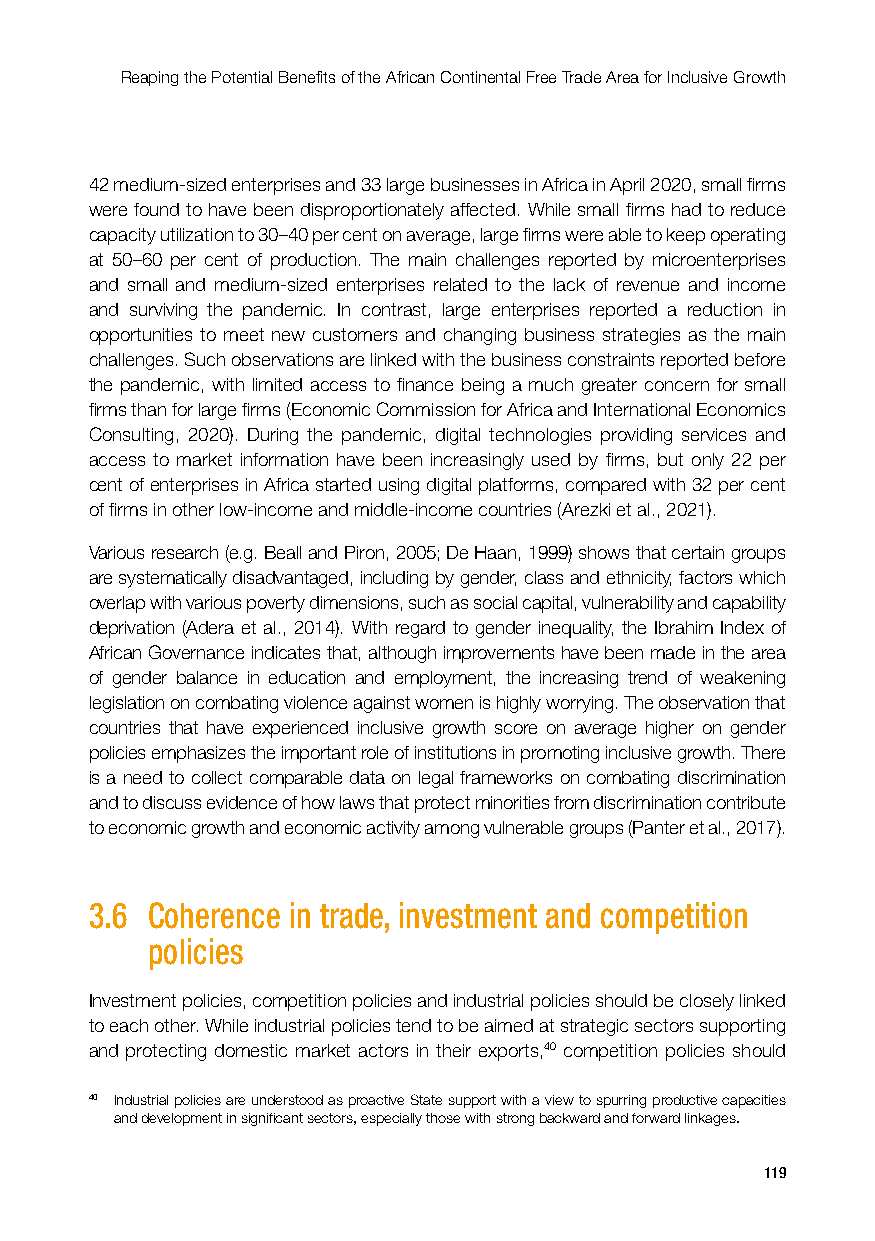
Reaping the Potential Benefits of the African Continental Free Trade Area for Inclusive Growth
 42 medium-sized enterprises and 33 large businesses in Africa in April 2020, small firms
 were found to have been disproportionately affected. While small firms had to reduce
 capacity utilization to 30–40 per cent on average, large firms were able to keep operating
 at 50–60 per cent of production. The main challenges reported by microenterprises
 and small and medium-sized enterprises related to the lack of revenue and income
 and surviving the pandemic. In contrast, large enterprises reported a reduction in
 opportunities to meet new customers and changing business strategies as the main
 challenges. Such observations are linked with the business constraints reported before
 the pandemic, with limited access to finance being a much greater concern for small
 firms than for large firms (Economic Commission for Africa and International Economics
 Consulting, 2020). During the pandemic, digital technologies providing services and
 access to market information have been increasingly used by firms, but only 22 per
 cent of enterprises in Africa started using digital platforms, compared with 32 per cent
 of firms in other low-income and middle-income countries (Arezki et al., 2021).
 Various research (e.g. Beall and Piron, 2005; De Haan, 1999) shows that certain groups
 are systematically disadvantaged, including by gender, class and ethnicity, factors which
 overlap with various poverty dimensions, such as social capital, vulnerability and capability
 deprivation (Adera et al., 2014). With regard to gender inequality, the Ibrahim Index of
 African Governance indicates that, although improvements have been made in the area
 of gender balance in education and employment, the increasing trend of weakening
 legislation on combating violence against women is highly worrying. The observation that
 countries that have experienced inclusive growth score on average higher on gender
 policies emphasizes the important role of institutions in promoting inclusive growth. There
 is a need to collect comparable data on legal frameworks on combating discrimination
 and to discuss evidence of how laws that protect minorities from discrimination contribute
 to economic growth and economic activity among vulnerable groups (Panter et al., 2017).
 3.6 Coherence in trade, investment and competition
 policies
 Investment policies, competition policies and industrial policies should be closely linked
 to each other. While industrial policies tend to be aimed at strategic sectors supporting
 and protecting domestic market actors in their exports,40 competition policies should
 40 Industrial policies are understood as proactive State support with a view to spurring productive capacities
 and development in significant sectors, especially those with strong backward and forward linkages.
 119